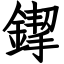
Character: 䤿